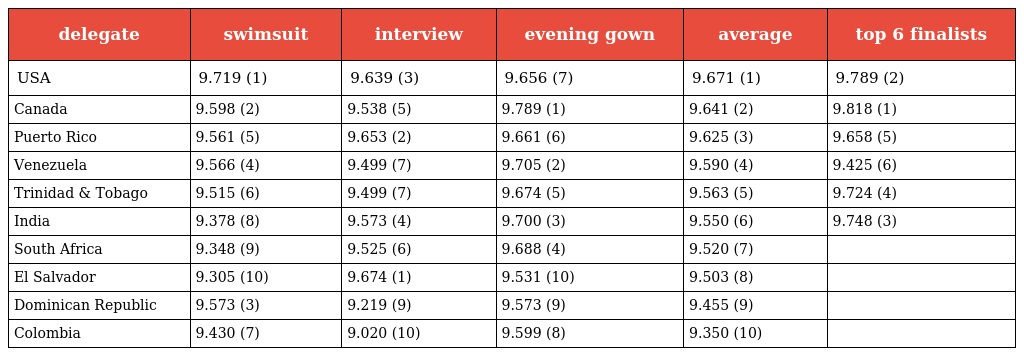
| delegate | swimsuit | interview | evening gown | average | top 6 finalists |
 | --- | --- | --- | --- | --- | --- |
 | USA | 9.719 (1) | 9.639 (3) | 9.656 (7) | 9.671 (1) | 9.789 (2) |
 | Canada | 9.598 (2) | 9.538 (5) | 9.789 (1) | 9.641 (2) | 9.818 (1) |
 | Puerto Rico | 9.561 (5) | 9.653 (2) | 9.661 (6) | 9.625 (3) | 9.658 (5) |
 | Venezuela | 9.566 (4) | 9.499 (7) | 9.705 (2) | 9.590 (4) | 9.425 (6) |
 | Trinidad & Tobago | 9.515 (6) | 9.499 (7) | 9.674 (5) | 9.563 (5) | 9.724 (4) |
 | India | 9.378 (8) | 9.573 (4) | 9.700 (3) | 9.550 (6) | 9.748 (3) |
 | South Africa | 9.348 (9) | 9.525 (6) | 9.688 (4) | 9.520 (7) |  |
 | El Salvador | 9.305 (10) | 9.674 (1) | 9.531 (10) | 9.503 (8) |  |
 | Dominican Republic | 9.573 (3) | 9.219 (9) | 9.573 (9) | 9.455 (9) |  |
 | Colombia | 9.430 (7) | 9.020 (10) | 9.599 (8) | 9.350 (10) |  |